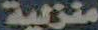
منزلية